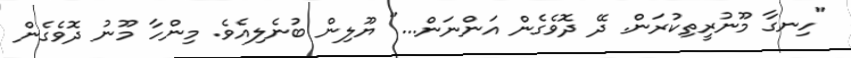
"ހިނގާ މޫނުރީތިކުރަން. ދޭ ދޮވެގެން އަންނަން..." ޔޫލިން ބުނެލިއެވެ. މިންހާ މޫނު ދޮވެގެން